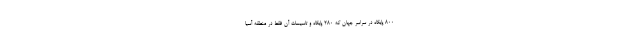
800 پایگاه در سراسر جهان که 280 پایگاه و تاسیسات آن فقط در منطقه آسیا